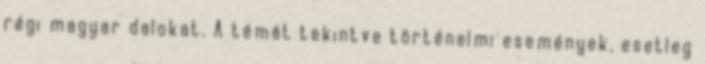
régi magyar dalokat. A témát tekintve történelmi események, esetleg